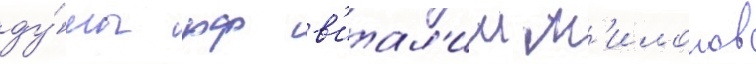
ду́мы рф в'итал'ии м'илонов